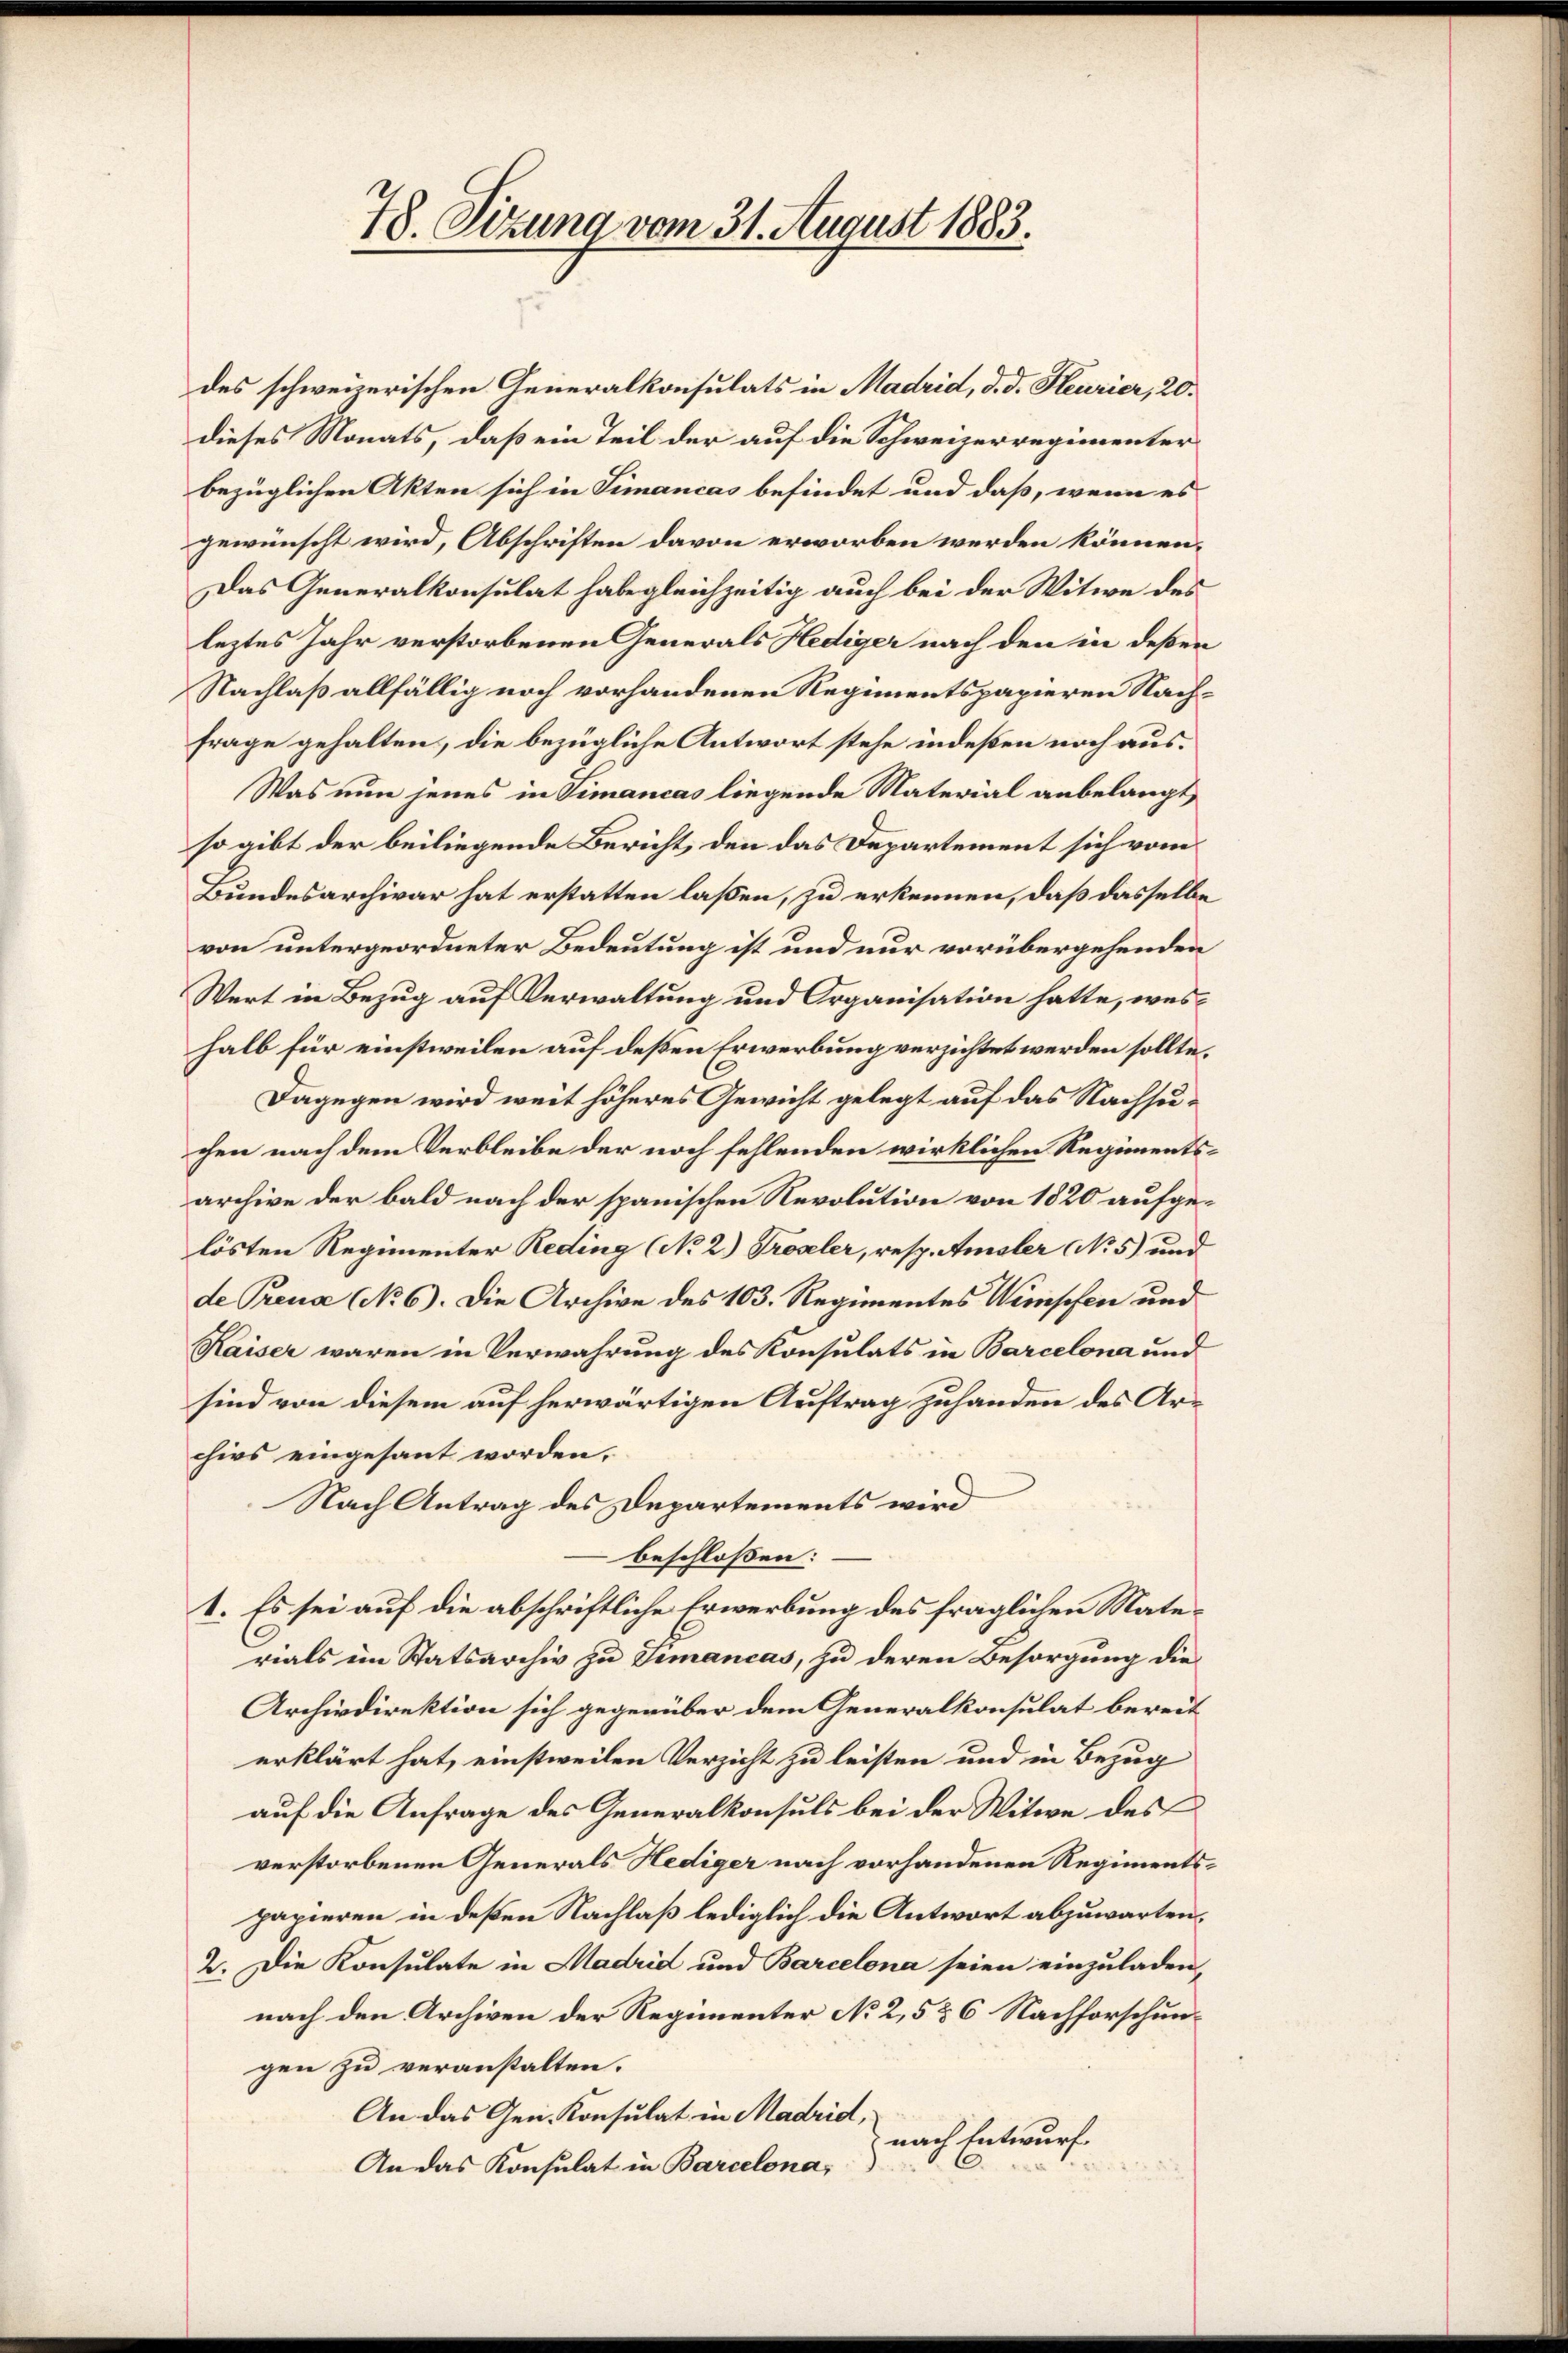
78. Sitzung vom 31. August 1883

des schweizerischen Generalkonsulats in Madrid, d. d. Heurier, 20.
dieses Monats, daß ein Teil der auf die Schweizerregimenter
bezüglichen Akten sich in Simancas befindet und daß, wenn es
gewünscht wird, Abschriften davon erworben werden können.
Das Generalkonsulat habe gleichzeitig auch bei der Witwe des
leztes Jahr verstorbenen Generals Hediger nach den in deßen
Nachlaß allfällig noch vorhandenen Regimentspapieren Nachfrage gehalten, die bezügliche Antwort stehe indeßen noch aus¬
Was nun jenes in Simancas liegende Material anbelangt,
so gibt der beiliegende Bericht, den das Departement sich vom
Bundesarchivar hat erstatten laßen, zu erkennen, daß dasselbe
von untergeordneter Bedeutung ist und nur vorübergehenden
Wert in Bezug auf Verwaltung und Organisation hatte, weshalb für einstweilen auf deßen Erwerbung verzichtet werden sollte.
Dagegen wird weit höheres Gewicht gelegt auf das Nachsuchen nach dem Verbleibe der noch fehlenden wirklichen Regimentsarchive der bald nach der spanischen Revolution von 1820 aufgelösten Regimenter Reding (No 2.) Troseler, resp. Amsler No 5) und
de Prena NNo. 6). Die Archive des 103. Regimentes Wimpfen und
Kaiser waren in Verwahrung des Konsulats in Barcelona und
sind von diesem auf herwärtigen Auftrag zuhanden des Archivs eingesant worden.
Nach Antrag des Departements wird
beschlossen:
1. Es sei auf die abschriftliche Erwerbung des fraglichen Materials im Statsarchiv zu Timancas, zu deren Besorgung die
Archivdirektion sich gegenüber dem Generalkonsulat bereit
erklärt hat, einstweilen Verzicht zu leisten und in Bezug
auf die Anfrage des Generalkonsuls bei der Witwe des
verstorbenen Generals Hediger nach vorhandenen Regimentspapieren in deßen Nachlaß lediglich die Antwort abzuwarten.
2. Die Konsulate in Madrid und Barcelona seien einzuladen,
nach den Archiven der Regimenter No 2,5 & 6 Nachforschungen zu veranstalten.
An das Gen. Konsulat in Madrid,
nach Entwurf
An das Konsulat in Barcelona,